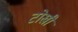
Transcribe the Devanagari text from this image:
टोखी